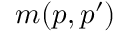
m ( p , p ^ { \prime } )